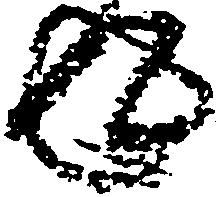
返